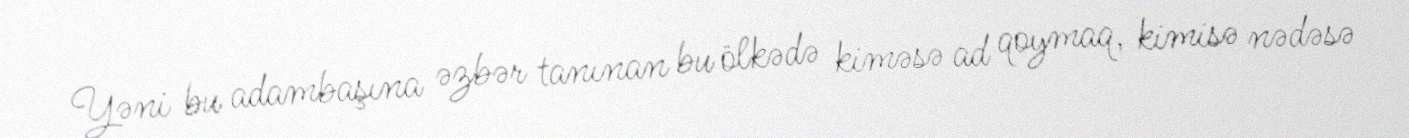
Yəni bu adambaşına əzbər tanınan bu ölkədə kiməsə ad qoymaq, kimisə nədəsə